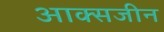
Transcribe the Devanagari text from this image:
आक्सजीन